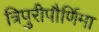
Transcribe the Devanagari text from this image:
त्रिपुरीपौर्णिमा